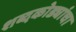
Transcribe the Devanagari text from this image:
शब्दकोड्यांचा